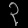
Digit: ၃